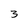
Character: 3